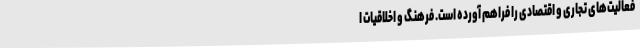
فعالیت‌های تجاری و اقتصادی را فراهم آورده است. فرهنگ و اخلاقیات ا